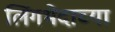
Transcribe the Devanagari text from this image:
लिंगभेदाच्या